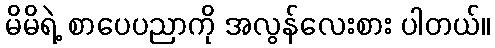
မိမိရဲ့ စာပေပညာကို အလွန်လေးစား ပါတယ်။